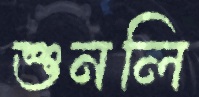
শুনলি